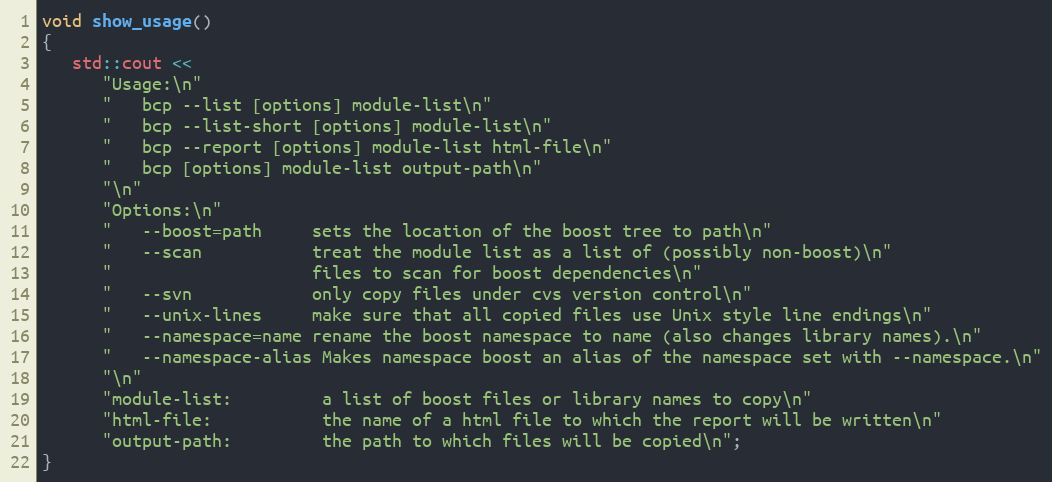
Language: C++
void show_usage()
{
   std::cout <<
      "Usage:\n"
      "   bcp --list [options] module-list\n"
      "   bcp --list-short [options] module-list\n"
      "   bcp --report [options] module-list html-file\n"
      "   bcp [options] module-list output-path\n"
      "\n"
      "Options:\n"
      "   --boost=path     sets the location of the boost tree to path\n"
      "   --scan           treat the module list as a list of (possibly non-boost)\n"
      "                    files to scan for boost dependencies\n"
      "   --svn            only copy files under cvs version control\n"
      "   --unix-lines     make sure that all copied files use Unix style line endings\n"
      "   --namespace=name rename the boost namespace to name (also changes library names).\n"
      "   --namespace-alias Makes namespace boost an alias of the namespace set with --namespace.\n"
      "\n"
      "module-list:         a list of boost files or library names to copy\n"
      "html-file:           the name of a html file to which the report will be written\n"
      "output-path:         the path to which files will be copied\n";
}